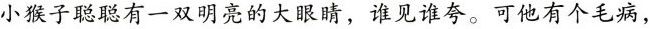
小猴子聪聪有一双明亮的大眼睛，谁见谁夸。可他有个毛病，